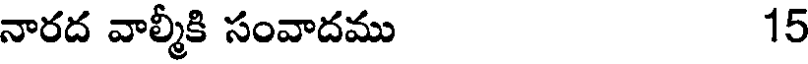
నారద వాల్మీకి సంవాదము 15